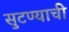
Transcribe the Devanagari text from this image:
सुटण्याची